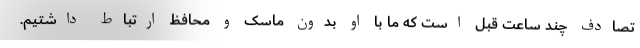
تصادف چند ساعت قبل است که ما با او بدون ماسک و محافظ ارتباط داشتیم.